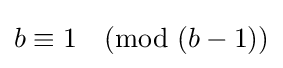
b\equiv 1{\pmod {(b-1)}}